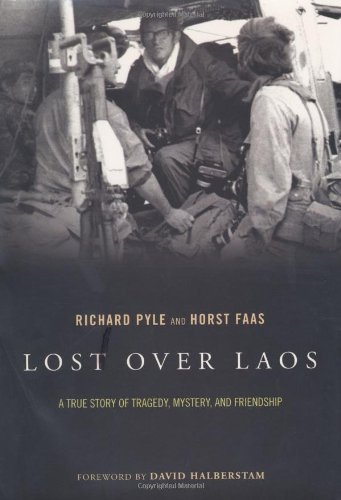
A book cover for Lost Over Laos: A True Story of Tragedy, Mystery, and Friendship; Richard Pyle; Arts & Photography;